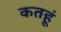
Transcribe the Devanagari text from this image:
कतहूं